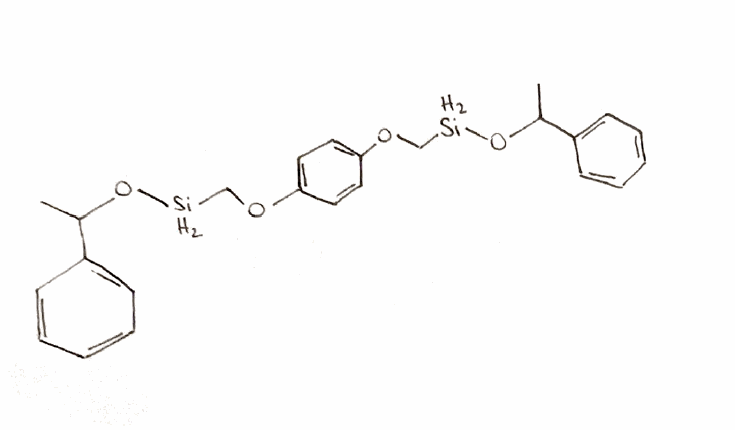
Simplified molecular-input line-entry system (SMILES) notation of the given molecule:
CC(C1=CC=CC=C1)O[SiH2]COC2=CC=C(C=C2)OC[SiH2]OC(C)C3=CC=CC=C3